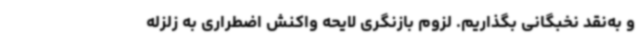
و به‌نقد نخبگانی بگذاریم. لزوم بازنگری لایحه واکنش اضطراری به زلزله